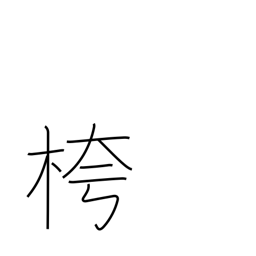
Meaning: empty